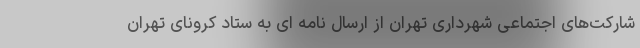
شارکت‌های اجتماعی شهرداری تهران از ارسال نامه ای به ستاد کرونای تهران